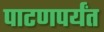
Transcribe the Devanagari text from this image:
पाटणपर्यंत